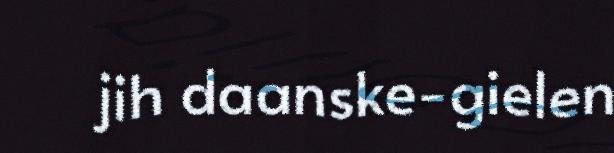
jih daanske-gielen